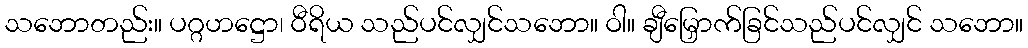
သဘောတည်း။ ပဂ္ဂဟဋ္ဌော၊ ဝီရိယ သည်ပင်လျှင်သဘော။ ဝါ။ ချီမြှောက်ခြင်သည်ပင်လျှင် သဘော။